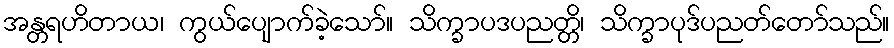
အန္တရဟိတာယ၊ ကွယ်ပျောက်ခဲ့သော်။ သိက္ခာပဒပညတ္တိ၊ သိက္ခာပုဒ်ပညတ်တော်သည်။